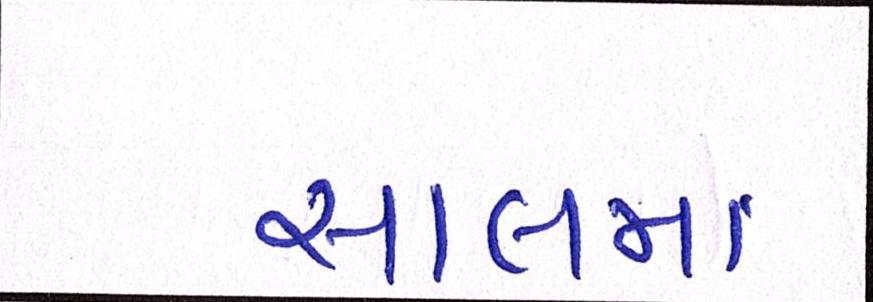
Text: સાલમાં